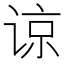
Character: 谅